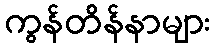
ကွန်တိန်နာများ